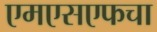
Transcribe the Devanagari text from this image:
एमएसएफचा